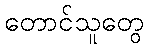
တောင်သူတွေ